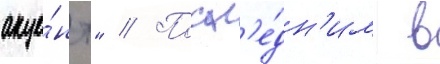
акце́нт" // Посл'е́дн'им в